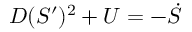
D ( S ^ { \prime } ) ^ { 2 } + U = - \dot { S }